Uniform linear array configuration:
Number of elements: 8
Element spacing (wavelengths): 0.75
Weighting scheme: binomial
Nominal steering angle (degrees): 0
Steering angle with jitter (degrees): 0.5407
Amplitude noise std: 0.05
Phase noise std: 0.05

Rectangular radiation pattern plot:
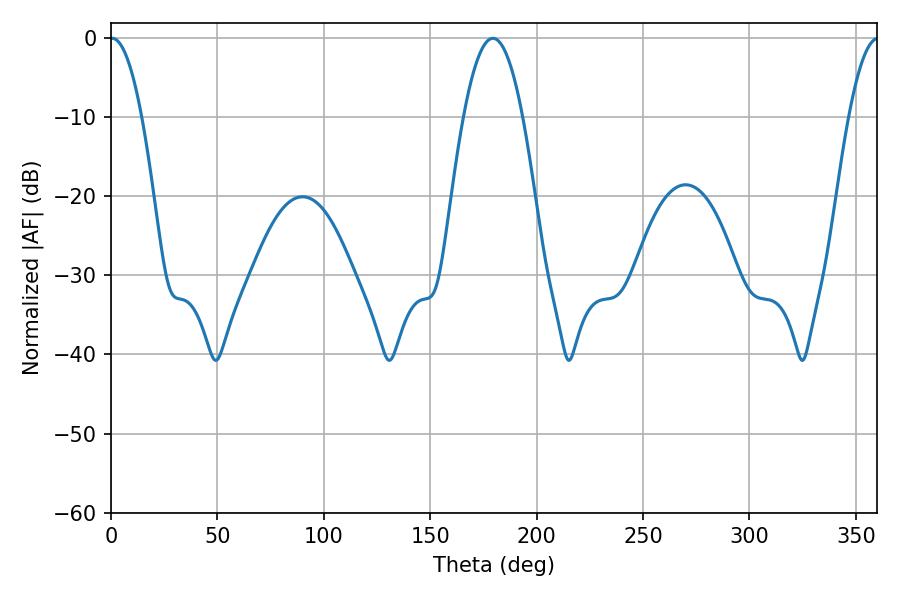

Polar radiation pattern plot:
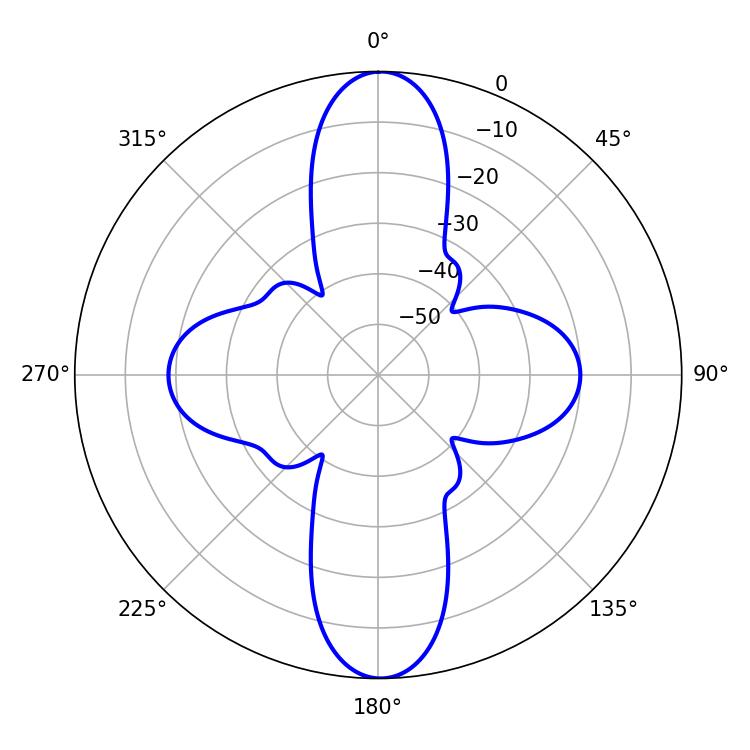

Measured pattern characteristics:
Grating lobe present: TRUE
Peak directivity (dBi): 27.988
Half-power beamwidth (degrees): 8.1
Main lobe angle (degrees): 0.54